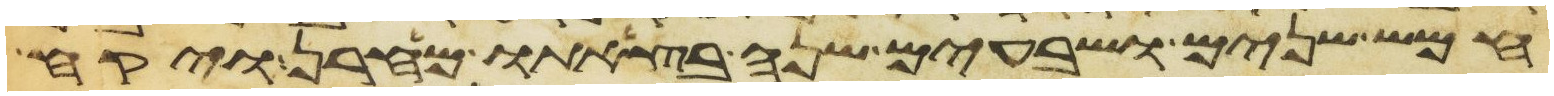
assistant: חמש שנים ושבעים שנה בצאתו מחרן ויקח